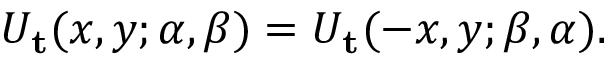
\begin{array} { r } { U _ { \mathbf { t } } ( x , y ; \alpha , \beta ) = U _ { \mathbf { t } } ( - x , y ; \beta , \alpha ) . } \end{array}